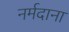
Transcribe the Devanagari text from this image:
नर्मदाना